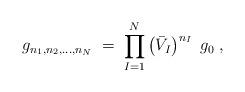
LaTeX: \begin{align*}g_{n_1,n_2,\ldots,n_N} \;=\; \prod_{I=1}^N \left(\bar{V}_I\right)^{n_I} \; g_0 \;,\end{align*}